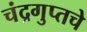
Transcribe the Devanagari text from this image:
चंद्रगुप्तचे